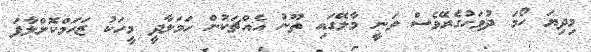
މިދިޔަ ހޯމަ ދުވަހުގެރޭވެސް ވަނީ މާލޭގައި ތޫނު އެއްޗަކުން ހަމަލާދީ މީހަކު ޒަހަމްކޮށްލާފަ